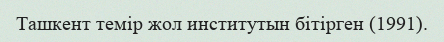
Ташкент темір жол институтын бітірген (1991).